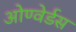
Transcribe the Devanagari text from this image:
ओण्वेर्डस